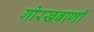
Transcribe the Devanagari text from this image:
गोरखबाणी